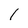
Character: l